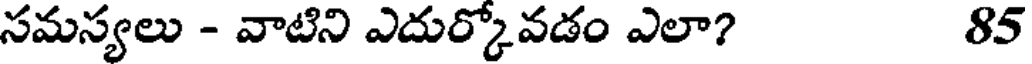
సమస్యలు - వాటిని ఎదుర్కోవడం ఎలా? 85